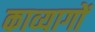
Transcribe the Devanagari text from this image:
काव्यागों